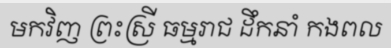
មកវិញ ព្រះស្រី ធម្មរាជ ដឹកនាំ កងពល